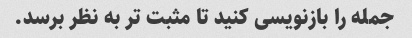
جمله را بازنویسی کنید تا مثبت تر به نظر برسد.